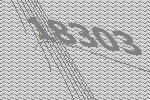
18303